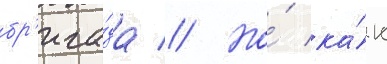
бр'ига́да // Но́ ка́к